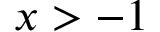
x > - 1